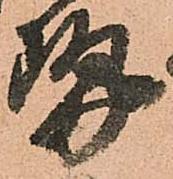
勢